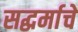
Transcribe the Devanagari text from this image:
सद्धर्माचे